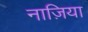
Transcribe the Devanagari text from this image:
नाज़िया